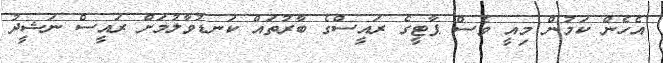
އެހެން ކަމުން މިއީ ވެސް ޕާޓީގެ ރައީސްގެ ބާރުތައް ކަނޑުވާލުމަށް ރައީސް ނަޝީދު